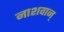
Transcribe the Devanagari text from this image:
नाशवान्‌